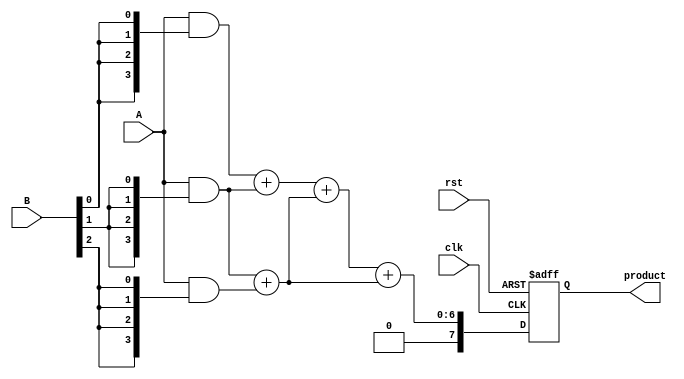
module dadda_multiplier #(parameter N = 4) (
    input  wire [N-1:0] A,        // Multiplicand
    input  wire [N-1:0] B,        // Multiplier
    input  wire clk,              // Clock
    input  wire rst,              // Reset
    output reg [2*N-1:0] product   // Product output
);

    reg [N-1:0] partial_products [0:N-1]; // Array to hold partial products
    reg [2*N:0] temp_sum [0:N-1];         // Temporary sum for addition
    reg [N:0] sum, carry;                  // For addition
    integer i, j, stage;

    // Generate partial products
    always @(*) begin
        for (i = 0; i < N; i = i + 1) begin
            partial_products[i] = A & {N{B[i]}};
        end
    end

    // Dadda reduction process
    always @(posedge clk or posedge rst) begin
        if (rst) begin
            product <= 0;
        end else begin
            // Initialize temp_sum for the first stage
            for (j = 0; j < N; j = j + 1) begin
                temp_sum[j] = {1'b0, partial_products[j]};
            end

            // Perform Dadda reduction (3 rows to 2 rows)
            for (stage = 0; stage < N-1; stage = stage + 1) begin
                for (i = 0; i < (N - stage - 1); i = i + 1) begin
                    if (i < (N - stage - 2)) begin
                        // Half adder for the first two adds
                        {carry, sum} = temp_sum[i] + temp_sum[i + 1];
                        temp_sum[i] = {carry, sum}; // Store result back
                    end else begin
                        // Last row handling
                        temp_sum[i] = temp_sum[i];
                    end
                end
            end

            // Final addition of the last two rows
            product = temp_sum[0] + temp_sum[1];
        end
    end

endmodule